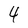
Character: 4